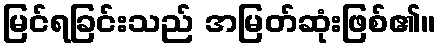
မြင်ရခြင်းသည် အမြတ်ဆုံးဖြစ်၏။